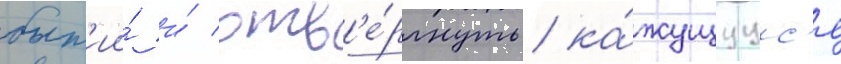
быт'ии́ и́ отв'е́ргнуть ка́жущуус'я